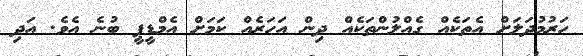
ހަރުމުދަލަށް އެތަކެއް ގެއްލުންތަކެއް ދިން އަހަރެއް ކަމަށް އެމްޑީޕީ ބުނެ އެވެ. އަދި